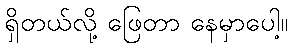
ရှိတယ်လို့ ဖြေတာ နေမှာပေါ့။